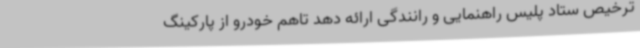
ترخیص ستاد پلیس راهنمایی و رانندگی ارائه دهد تاهم خودرو از پارکینگ